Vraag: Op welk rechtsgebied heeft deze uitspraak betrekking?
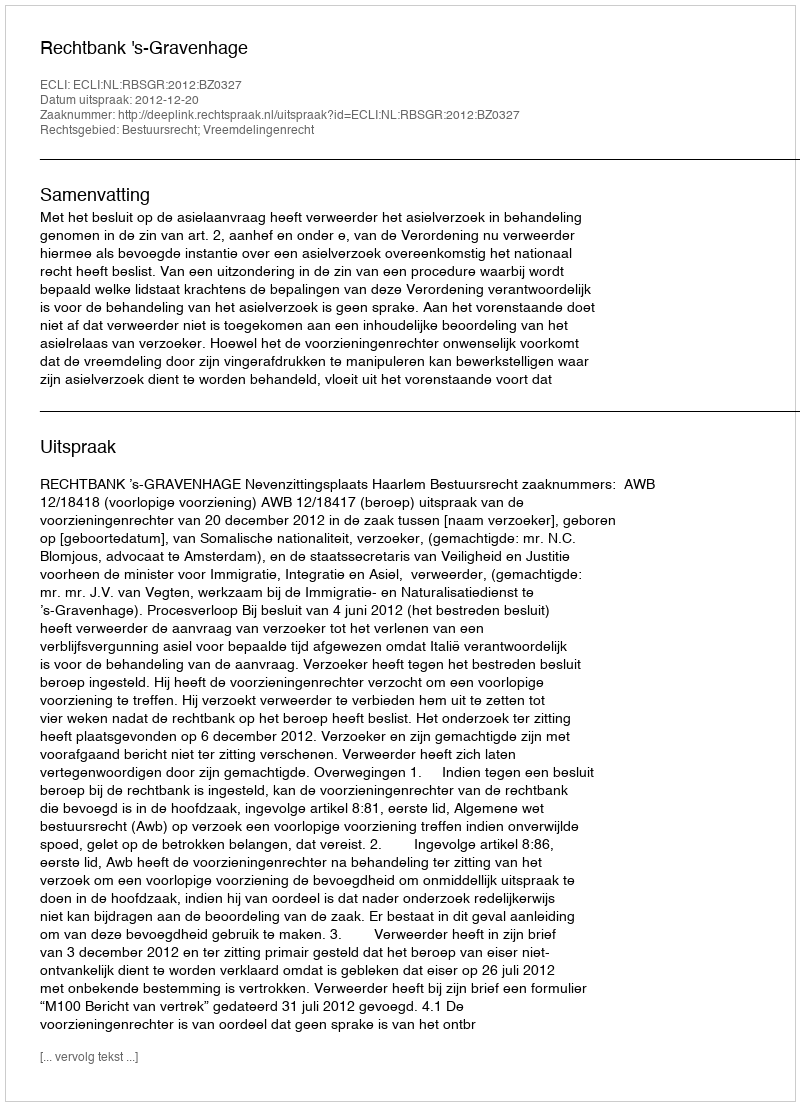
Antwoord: Bestuursrecht; Vreemdelingenrecht